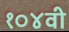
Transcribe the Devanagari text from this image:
१०४वी